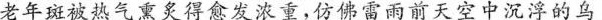
老年斑被热气熏炙得愈发浓重，仿佛雷雨前天空中沉浮的乌